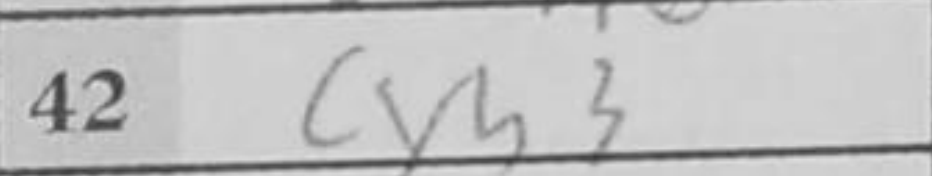
Transcription: cxb3